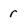
Character: r